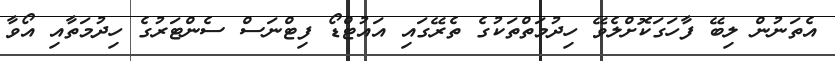
އެތަނުން ލިބޭ ފާހަގަކޮށްލެވޭ ހިދުމަތްތަކުގެ ތެރޭގައި އައުޓްޑޯ ފިޓްނަސް ސެންޓަރުގެ ހިދުމަތާއި އޯވާ